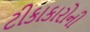
ટીકાકારોની